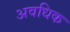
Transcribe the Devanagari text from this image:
अवधिक